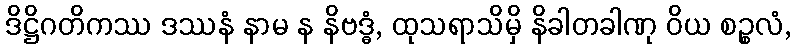
ဒိဋ္ဌိဂတိကဿ ဒဿနံ နာမ န နိဗဒ္ဓံ, ထုသရာသိမှိ နိခါတခါဏု ဝိယ စဉ္စလံ,